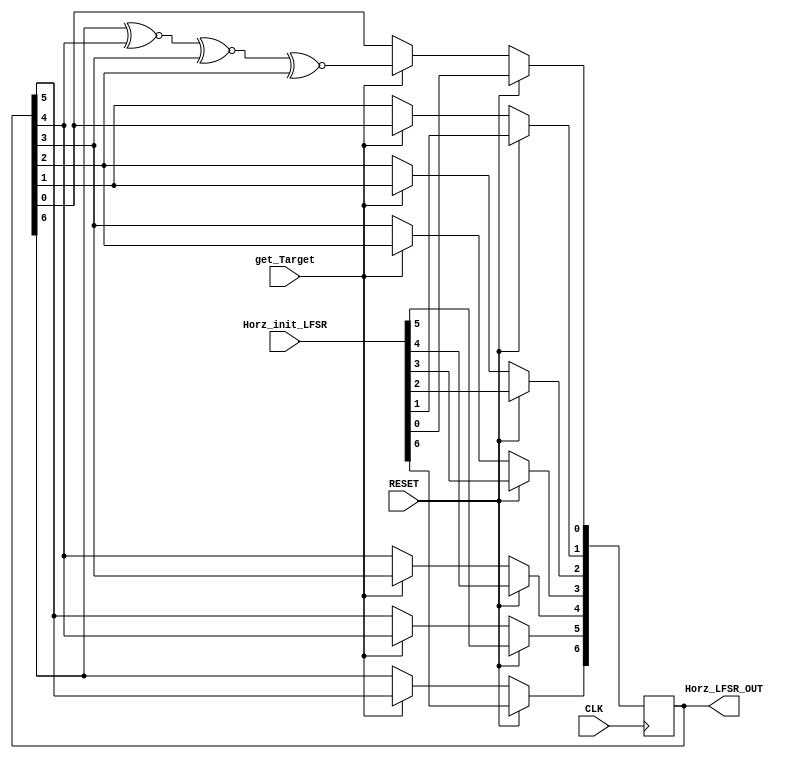
`timescale 1ns / 1ps
//////////////////////////////////////////////////////////////////////////////////
// Company: 
// Engineer: 
// 
// Design Name: 
// Module Name: Bit_8_LFSR
// Project Name: 
// Target Devices: 
// Tool Versions: 
// Description: 
// 
// Dependencies: 
// 
// Revision:
// Revision 0.01 - File Created
// Additional Comments:
// 
//////////////////////////////////////////////////////////////////////////////////

// reduce the resolution, maximum of horz dirction is 80
module Bit_7_LFSR(
                    input  RESET,    
                    input  CLK,
                    input  [6:0]  Horz_init_LFSR,     
                    input  get_Target,        
                    output [6:0]  Horz_LFSR_OUT  
                 );


  reg [6:0] random_7_bits;
  assign Horz_LFSR_OUT = random_7_bits;
  

  always@(posedge CLK) begin
      if(RESET)
          random_7_bits <= Horz_init_LFSR;
      else if(get_Target) begin
          random_7_bits[0] <= ((random_7_bits[6] ~^ random_7_bits[4]) ~^ random_7_bits[3]) ~^ random_7_bits[2];
          random_7_bits[1] <= random_7_bits[0];
          random_7_bits[2] <= random_7_bits[1];
          random_7_bits[3] <= random_7_bits[2];
          random_7_bits[4] <= random_7_bits[3];
          random_7_bits[5] <= random_7_bits[4];
          random_7_bits[6] <= random_7_bits[5];
          
      end
  end

endmodule